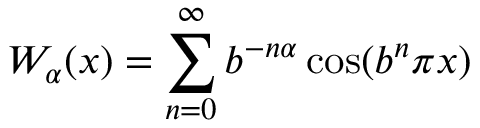
W _ { \alpha } ( x ) = \sum _ { n = 0 } ^ { \infty } b ^ { - n \alpha } \cos ( b ^ { n } \pi x )